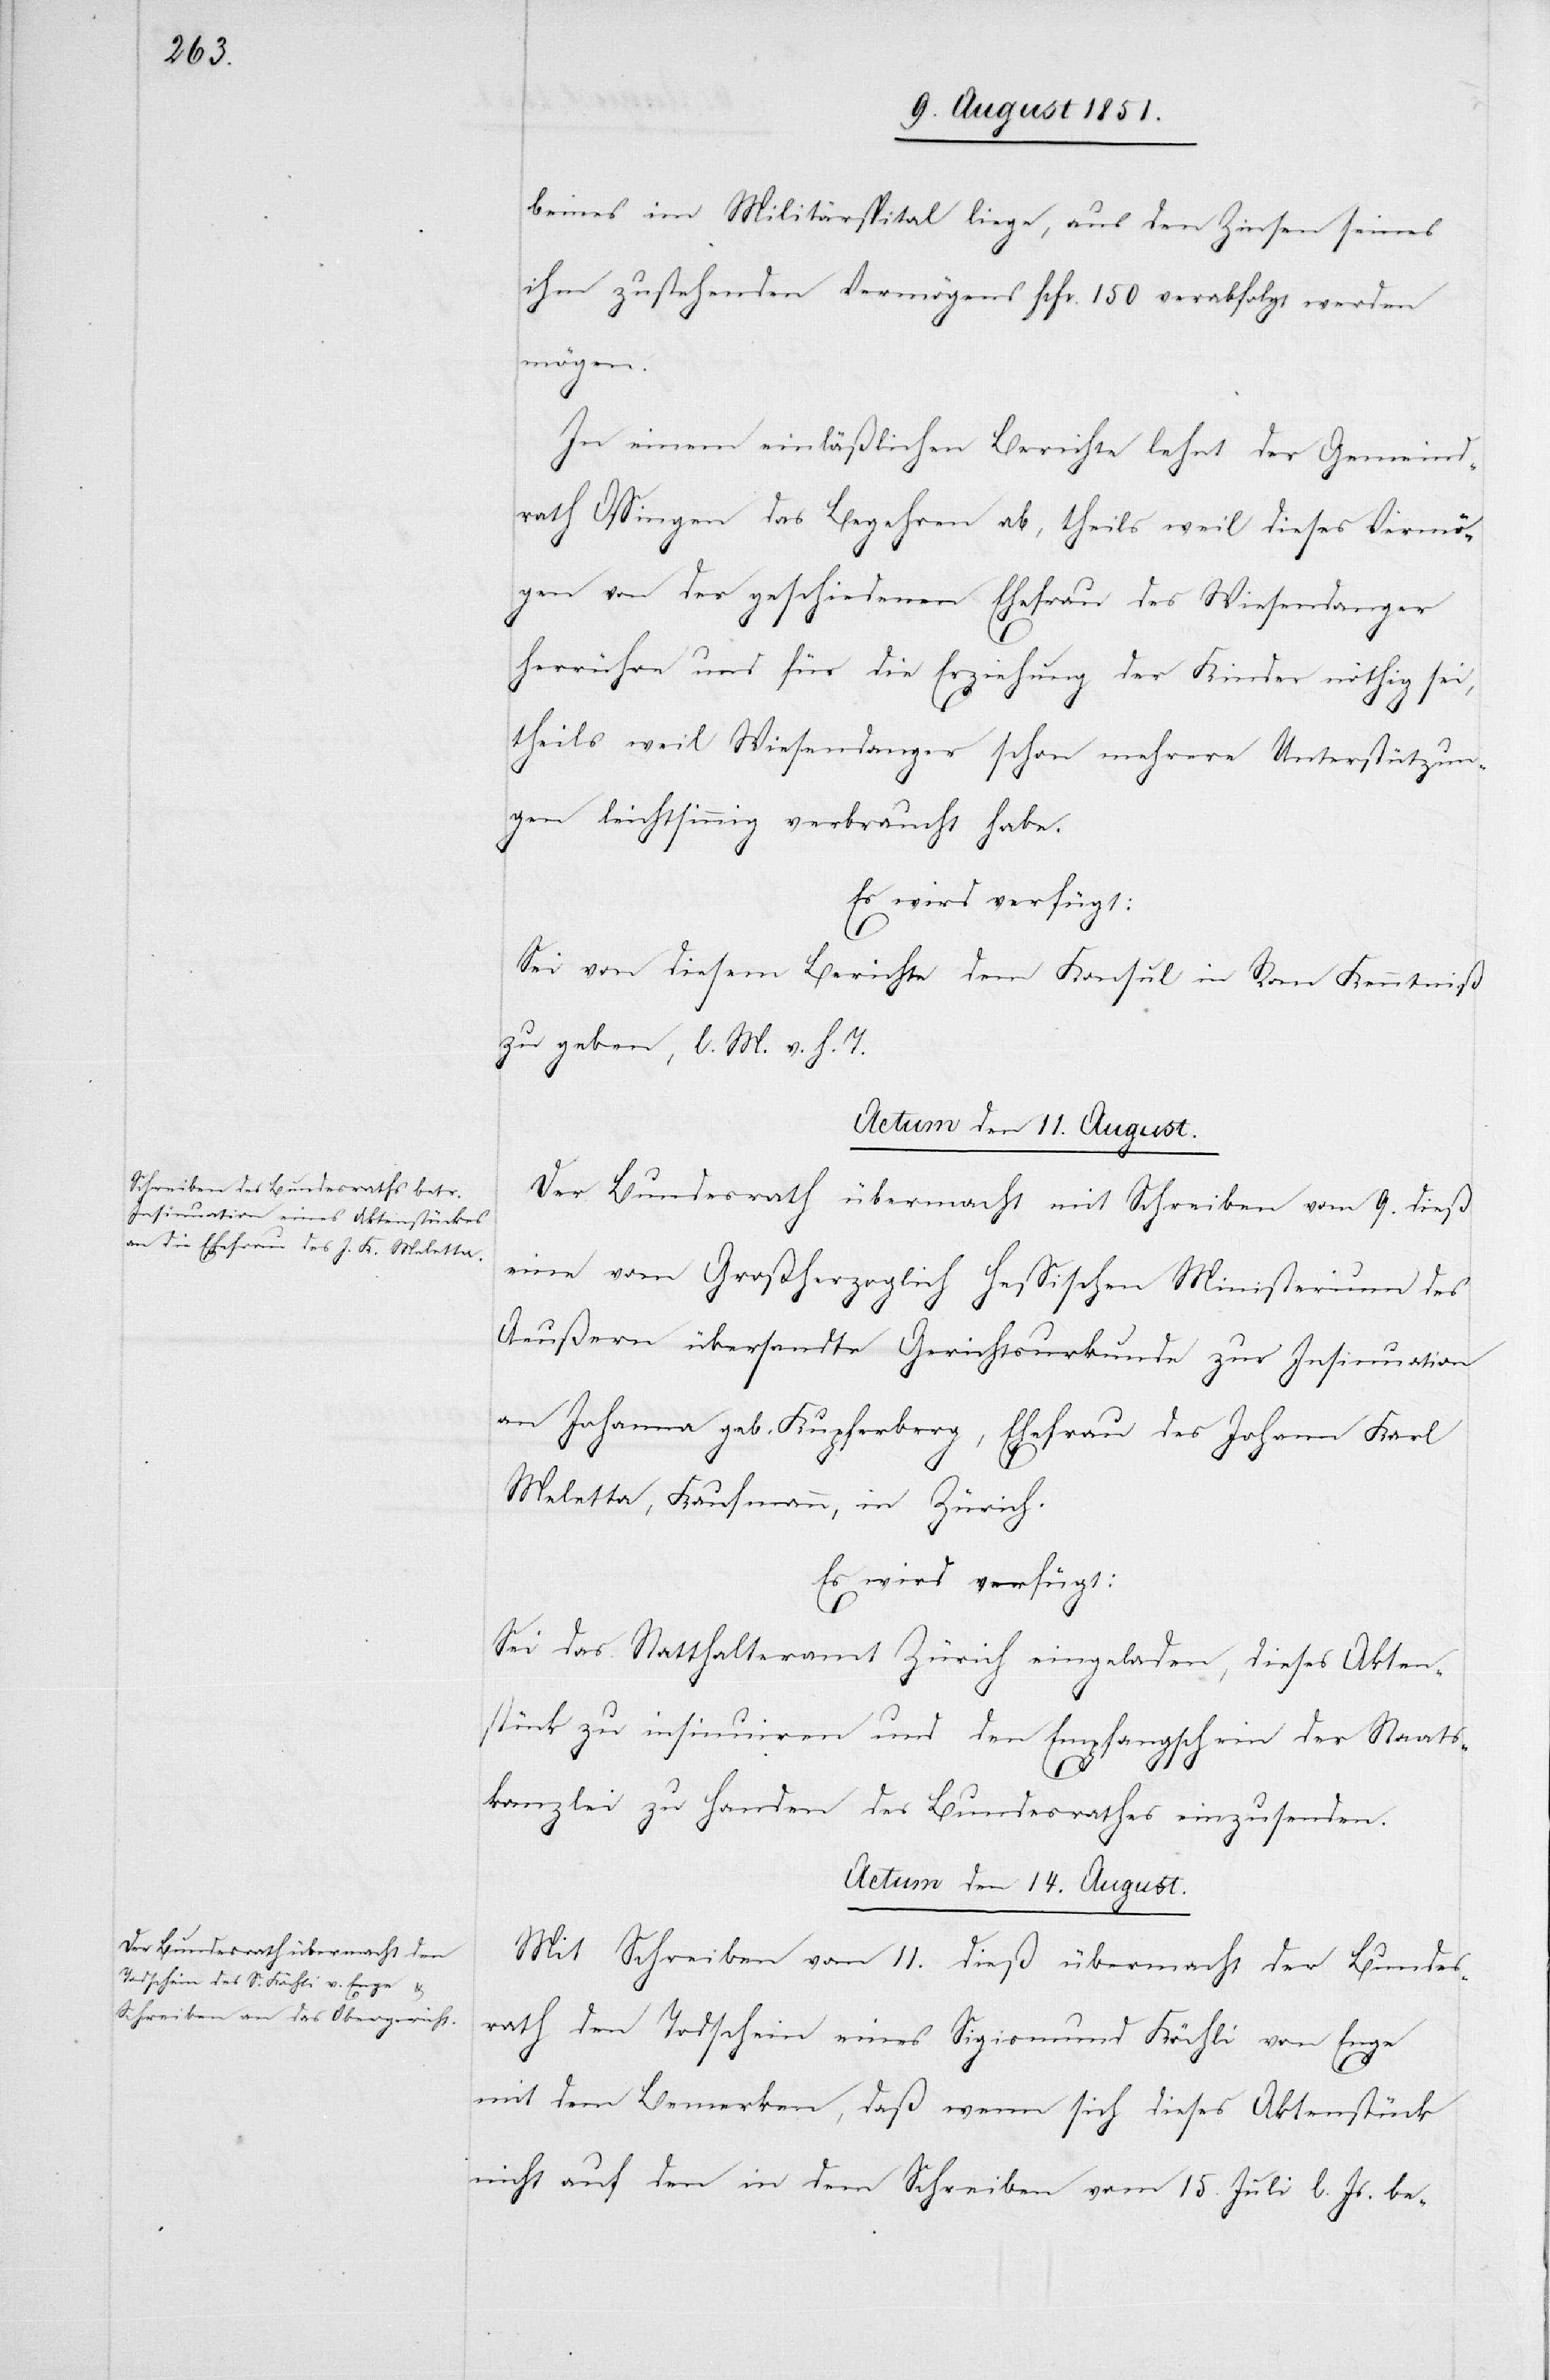
beines im Militärspital liege, aus den Zinsen seines
ihm zustehenden Vermögens fcfr. 150 verabfolgt werden
mögen.
In einem einläßlichen Berichte lehnt der Gemeind¬
rath Ossingen das Begehren ab, theils weil dieses Vermö¬
gen von der geschiedenen Ehefrau des Wiesendanger
herrühre und für die Erziehung der Kinder nöthig sei,
theils weil Wiesendanger schon mehrere Unterstützun¬
gen leichtsinnig verbraucht habe.
Es wird verfügt:
Sei von diesem Berichte dem Konsul in Rom Kenntniß
zu geben, l. M. v. h. T.
Der Bundesrath übermacht mit Schreiben vom 9. dieß
eine vom Großherzoglich Hessischen Ministerium des
Aeußern übersandte Gerichtsurkunde zur Insinuation
an Johanna geb. Kupferberg, Ehefrau des Johann Karl
Meletta, Kaufmann, in Zürich.
Es wird verfügt:
Sei das Statthalteramt Zürich eingeladen, dieses Akten¬
stück zu insinuiren und den Empfangschein der Staats¬
kanzlei zu Handen des Bundesrathes einzusenden.
Actum den 14. August.
Mit Schreiben vom 11. dieß übermacht der Bundes¬
rath den Todschein eines Sigismund Köchli von Enge
mit dem Bemerken, daß wenn sich dieses Aktenstück
nicht auf den in dem Schreiben vom 15. Juli l. Js. be-